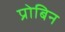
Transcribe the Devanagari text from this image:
प्रोबिन